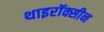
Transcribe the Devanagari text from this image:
थाइरॉक्सीन